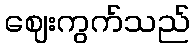
ဈေးကွက်သည်